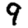
Digit: 9